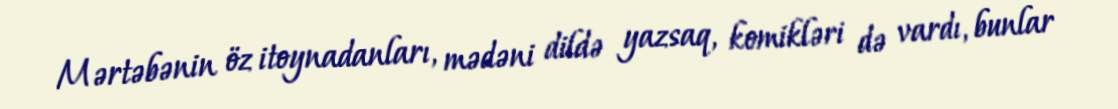
Mərtəbənin öz itoynadanları, mədəni dildə yazsaq, komikləri də vardı, bunlar